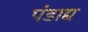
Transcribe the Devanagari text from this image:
पंडाद्य